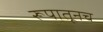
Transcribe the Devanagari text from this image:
रूपातूनच